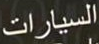
السيارات